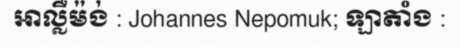
អាល្លឺម៉ង់ : Johannes Nepomuk; ឡាតាំង :